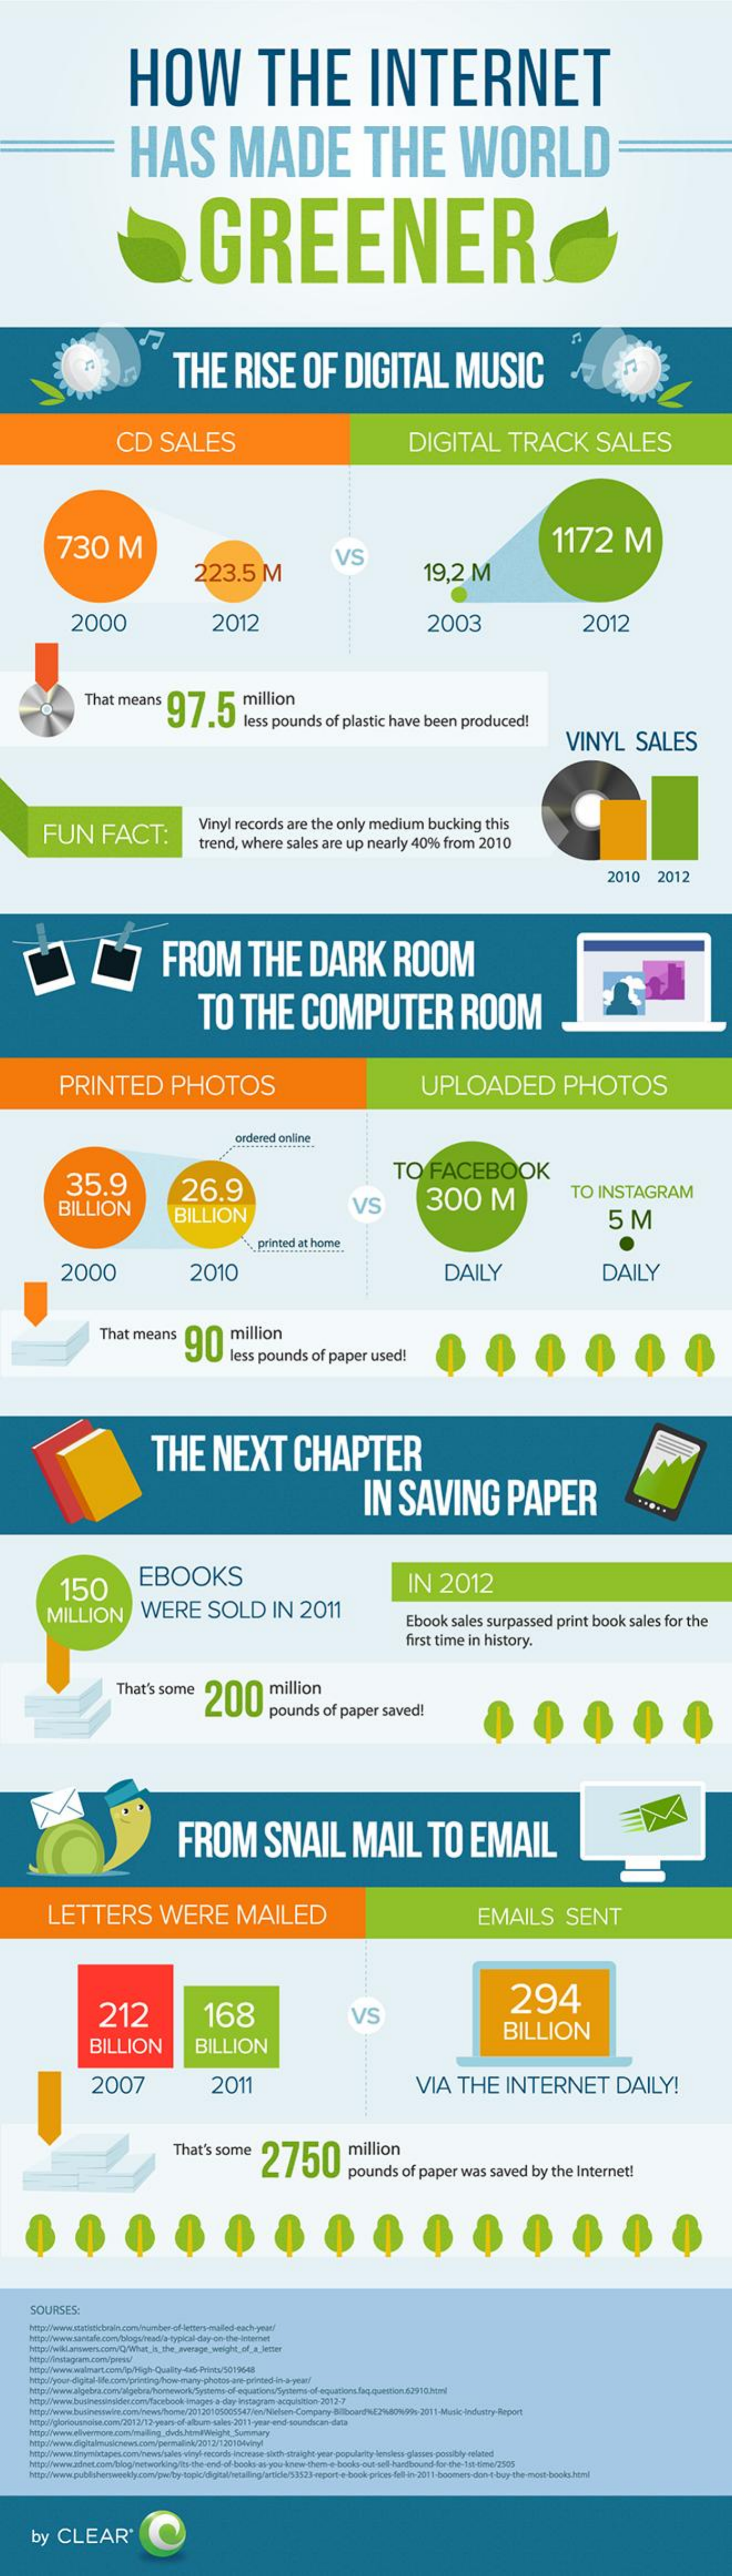
HOW    THE    INTERNET
     HAS    MADE    THE    WORLD
     GREENER
     THE    RISE    OF    DIGITAL    MUSIC
     CD    SALES    DIGITAL    TRACK    SALES
     730    M    1172    M
     223.5    M
     VS
     19,2    M
     2000    2012    2003    2012
     That    means    97.5    "  million
     less   pounds    of  plastic    have    been    produced!
     VINYL    SALES
     FUN    FACT:
     Vinyl   records    are   the   only    medium    bucking    this
     trend,    where    sales   are   up    nearly    40%    from    2010
     2010    2012
     FROM    THE    DARK    ROOM
     TO    THE    COMPUTER    ROOM
     PRINTED    PHOTOS    UPLOADED    PHOTOS
     ordered    online
     35.9
     TO    FACEBOOK
     BILLION
     26.9
     VS    300    M    TO    INSTAGRAM
     BILLION    5   M
     printed   at home
     2000    2010    DAILY    DAILY
     That    means    90    million
     less   pounds    of  paper    used!
     THE    NEXT    CHAPTER
     IN    SAVING    PAPER
     EBOOKS    IN    2012
     MILLION    WERE    SOLD    IN    2011
     150
     Ebook    sales    surpassed    print    book    sales   for   the
     first  time    in history.
     That's    some
     200    million
     pounds    of   paper    saved!
     FROM    SNAIL    MAIL    TO    EMAIL
     LETTERS    WERE    MAILED    EMAILS    SENT
     212    168
     294
     VS
     BILLION    BILLION
     BILLION
     2007    2011    VIA    THE    INTERNET    DAILY!
     That's    some    2750    million
     pounds    of  paper    was    saved    by   the   Internet!
     SOURSES:
     http://www.trymiscepescom/newshale    vinyl seconds increase sixth straight year-populartoy lerelets glories possibly related
     httpol/www.adnet.com/blog/networking/it-the-end-of-book-as-you-knew-chem-e-books-out-sell-hardbound-for-the-Ist-dime/1505
     by   CLEAR®